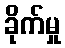
ခိုက်မှု